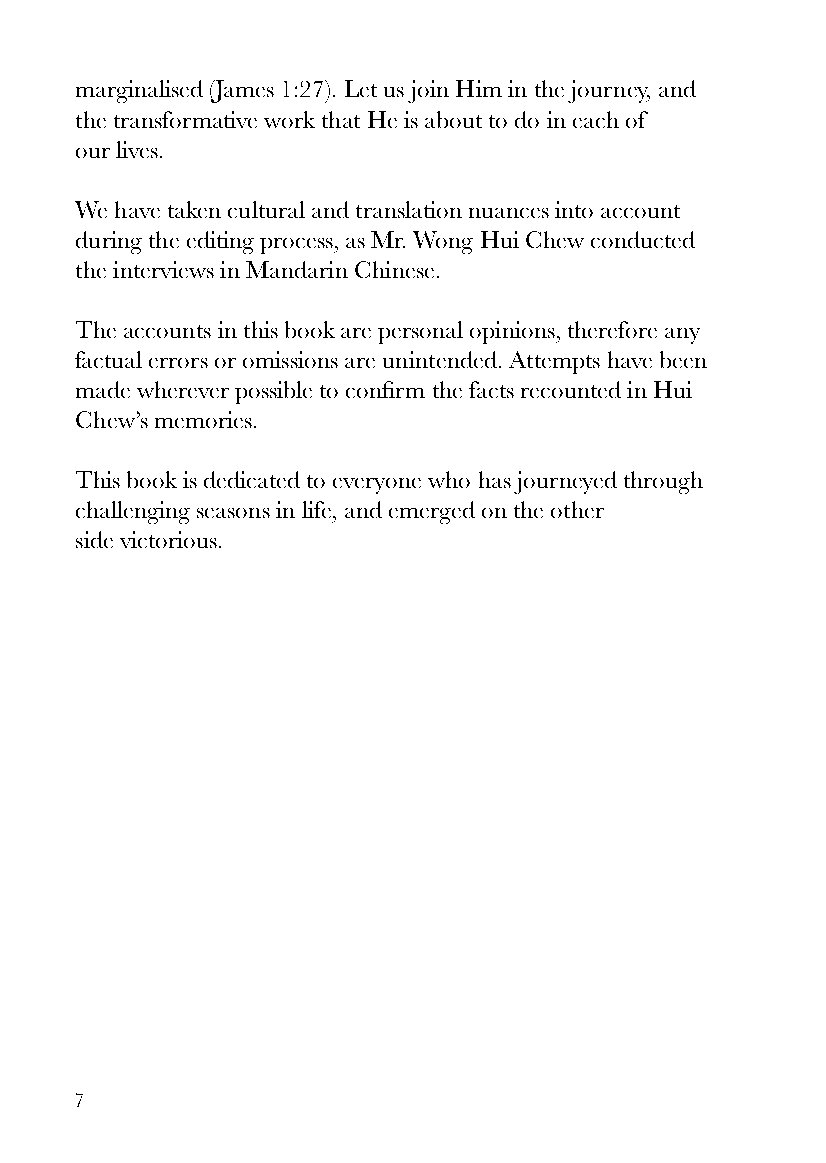
marginalised (James 1:27). Let us join Him in the journey, and
 the transformative work that He is about to do in each of
 our lives.
 We have taken cultural and translation nuances into account
 during the editing process, as Mr. Wong Hui Chew conducted
 the interviews in Mandarin Chinese.
 The accounts in this book are personal opinions, therefore any
 factual errors or omissions are unintended. Attempts have been
 made wherever possible to confirm the facts recounted in Hui
 Chew’s memories.
 This book is dedicated to everyone who has journeyed through
 challenging seasons in life, and emerged on the other
 side victorious.
 7